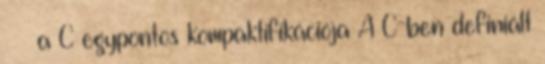
∪ ∞ a C egypontos kompaktifikációja A C-ben definiált